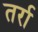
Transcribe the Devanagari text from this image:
तर्रा